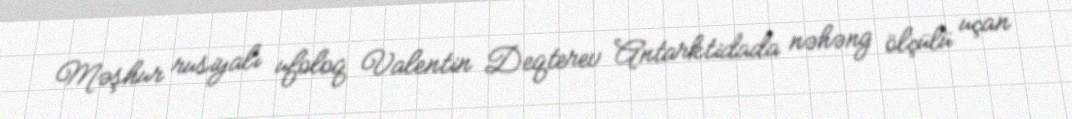
Məşhur rusiyalı ufoloq Valentin Deqterev Antarktidada nəhəng ölçülü uçan